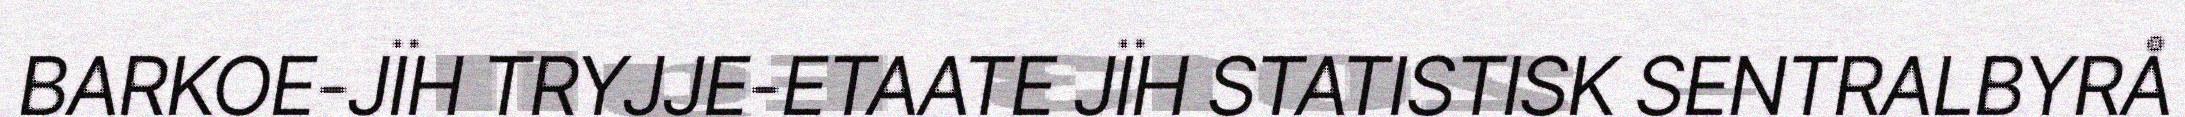
BARKOE-JÏH TRYJJE-ETAATE JÏH STATISTISK SENTRALBYRÅ